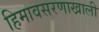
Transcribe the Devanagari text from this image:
हिमावसरणाखाली